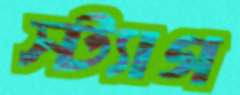
স্ট্যাগ